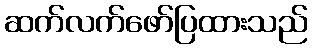
ဆက်လက်ဖော်ပြထားသည်